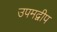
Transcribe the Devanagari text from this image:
उपमद्वीप